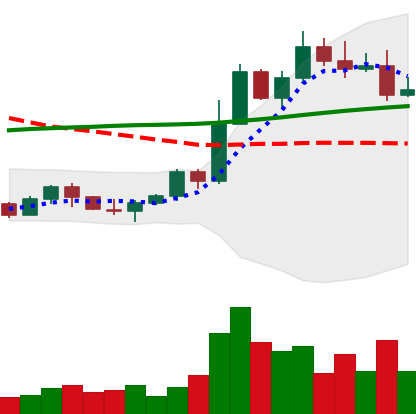
Ticker: ETH-USD
Chart end date: 2022-11-03
Forward return: -12.974%
Label: down_7plus